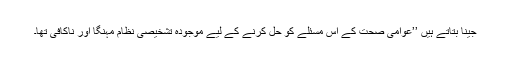
جینا بتاتے ہیں ’’عوامی صحت کے اس مسئلے کو حل کرنے کے لیے موجودہ تشخیصی نظام مہنگا اور ناکافی تھا۔